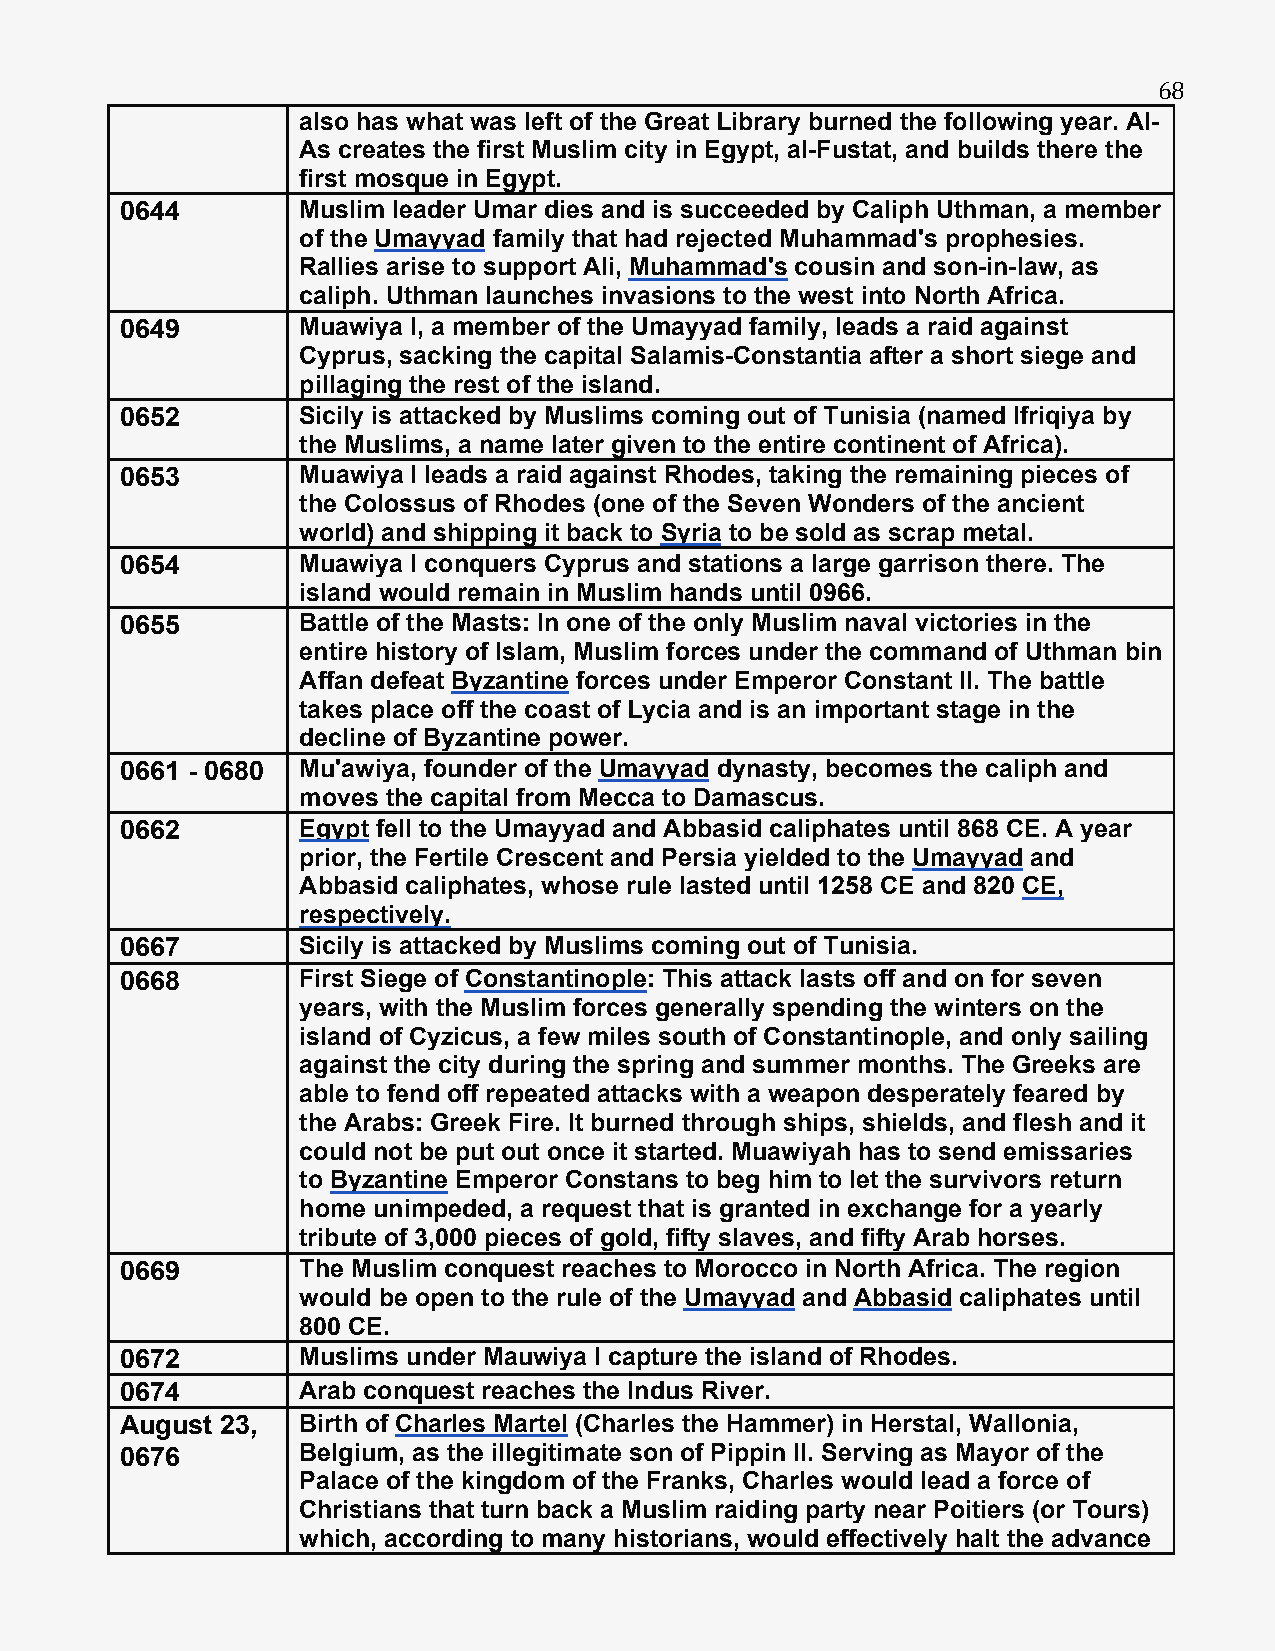
68
 also has what was left of the Great Library burned the following year. Al-
 As creates the first Muslim city in Egypt, al-Fustat, and builds there the
 first mosque in Egypt.
 0644        Muslim leader Umar dies and is succeeded by Caliph Uthman, a member
 of the Umayyad family that had rejected Muhammad's prophesies.
 Rallies arise to support Ali, Muhammad's cousin and son-in-law, as
 caliph. Uthman launches invasions to the west into North Africa.
 0649        Muawiya I, a member of the Umayyad family, leads a raid against
 Cyprus, sacking the capital Salamis-Constantia after a short siege and
 pillaging the rest of the island.
 0652        Sicily is attacked by Muslims coming out of Tunisia (named Ifriqiya by
 the Muslims, a name later given to the entire continent of Africa).
 0653        Muawiya I leads a raid against Rhodes, taking the remaining pieces of
 the Colossus of Rhodes (one of the Seven Wonders of the ancient
 world) and shipping it back to Syria to be sold as scrap metal.
 0654        Muawiya I conquers Cyprus and stations a large garrison there. The
 island would remain in Muslim hands until 0966.
 0655        Battle of the Masts: In one of the only Muslim naval victories in the
 entire history of Islam, Muslim forces under the command of Uthman bin
 Affan defeat Byzantine forces under Emperor Constant II. The battle
 takes place off the coast of Lycia and is an important stage in the
 decline of Byzantine power.
 0661 - 0680 Mu'awiya, founder of the Umayyad dynasty, becomes the caliph and
 moves the capital from Mecca to Damascus.
 0662        Egypt fell to the Umayyad and Abbasid caliphates until 868 CE. A year
 prior, the Fertile Crescent and Persia yielded to the Umayyad and
 Abbasid caliphates, whose rule lasted until 1258 CE and 820 CE,
 respectively.
 0667        Sicily is attacked by Muslims coming out of Tunisia.
 0668        First Siege of Constantinople: This attack lasts off and on for seven
 years, with the Muslim forces generally spending the winters on the
 island of Cyzicus, a few miles south of Constantinople, and only sailing
 against the city during the spring and summer months. The Greeks are
 able to fend off repeated attacks with a weapon desperately feared by
 the Arabs: Greek Fire. It burned through ships, shields, and flesh and it
 could not be put out once it started. Muawiyah has to send emissaries
 to Byzantine Emperor Constans to beg him to let the survivors return
 home unimpeded, a request that is granted in exchange for a yearly
 tribute of 3,000 pieces of gold, fifty slaves, and fifty Arab horses.
 0669        The Muslim conquest reaches to Morocco in North Africa. The region
 would be open to the rule of the Umayyad and Abbasid caliphates until
 800 CE.
 0672        Muslims under Mauwiya I capture the island of Rhodes.
 0674        Arab conquest reaches the Indus River.
 August 23,  Birth of Charles Martel (Charles the Hammer) in Herstal, Wallonia,
 0676        Belgium, as the illegitimate son of Pippin II. Serving as Mayor of the
 Palace of the kingdom of the Franks, Charles would lead a force of
 Christians that turn back a Muslim raiding party near Poitiers (or Tours)
 which, according to many historians, would effectively halt the advance